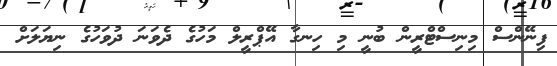
ފިނޭންސް މިނިސްޓްރީން ބުނީ މި ހިނގާ އޭޕްރީލް މަހުގެ ދެވަނަ ދުވަހުގެ ނިޔަލަށް